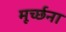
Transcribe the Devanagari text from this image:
मूर्च्छना